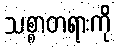
သစ္စာတရားကို